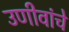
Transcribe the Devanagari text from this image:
उणीवांचे